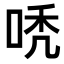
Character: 𠳶